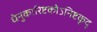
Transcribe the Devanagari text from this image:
धेनुकारिष्टकोऽनिष्टकृद्